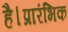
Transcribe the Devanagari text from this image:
है।प्रारंभिक